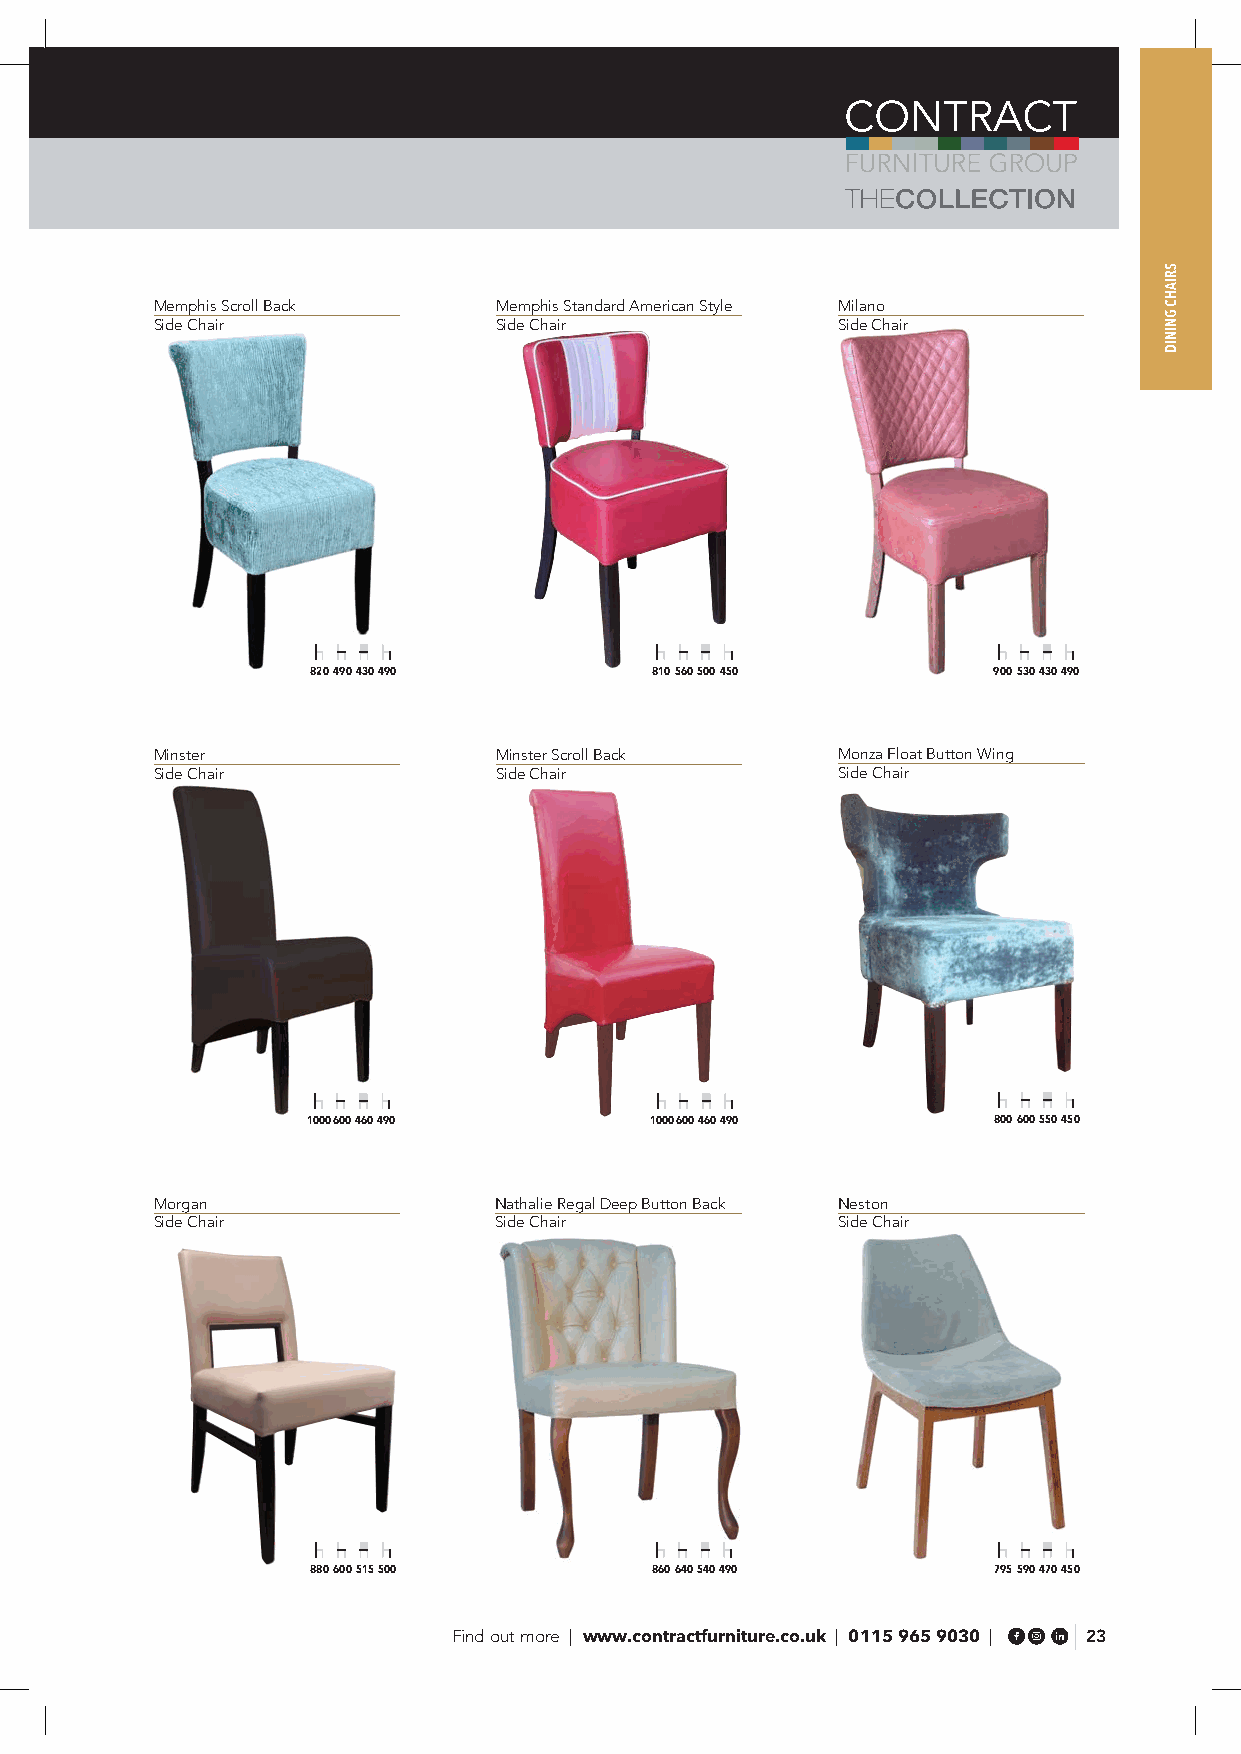
Memphis Scroll Back    Memphis Standard American Style Milano
 Side Chair             Side Chair            Side Chair
 820 490 430 490       810 560 500 450        900 530 430 490
 Minster                Minster Scroll Back   Monza Float Button Wing
 Side Chair             Side Chair            Side Chair
 1000 600 460 490       1000 600 460 490       800 600 550 450
 Morgan                 Nathalie Regal Deep Button Back Neston
 Side Chair             Side Chair            Side Chair
 880 600 515 500       860 640 540 490        795 590 470 450
 Find out more | www.contractfurniture.co.uk | 0115 965 9030 | 23
 SRIAHC
 GNINID